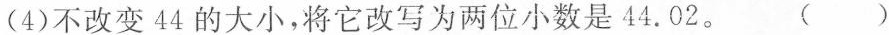
(4)不改变44的大小，将它改写为两位小数是44.02。 ( )